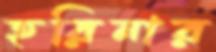
হরিনার